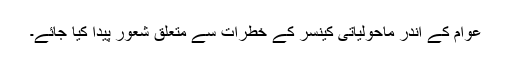
عوام کے اندر ماحولیاتی کینسر کے خطرات سے متعلق شعور پیدا کیا جائے۔